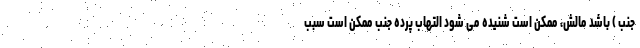
جنب ) باشد مالش، ممکن است شنیده می شود التهاب پرده جنب ممکن است سبب